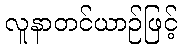
လူနာတင်ယာဉ်ဖြင့်